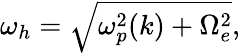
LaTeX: \begin{array}{r}{\omega_{h}=\sqrt{\omega_{p}^{2}(k)+\Omega_{e}^{2}},}\end{array}